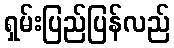
ရှမ်းပြည်ပြန်လည်